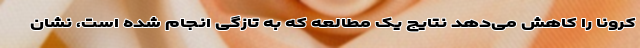
کرونا را کاهش می‌دهد نتایج یک مطالعه که به تازگی انجام شده است، نشان